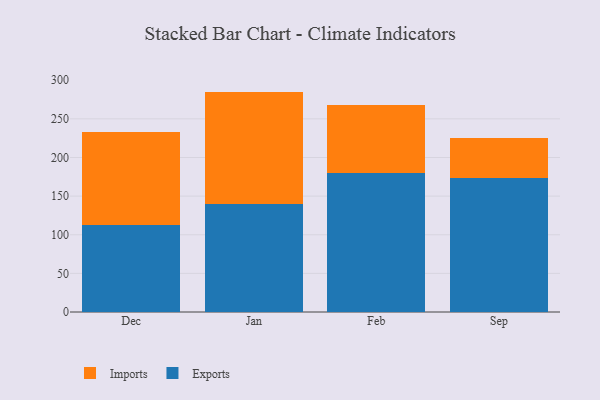
{"axis": {"x": "Month", "y": "Operating Costs (USD K)"}, "legend": ["Exports", "Imports"], "data": [{"x": "Dec", "y": 112.5, "type": "Exports"}, {"x": "Dec", "y": 120.8, "type": "Imports"}, {"x": "Jan", "y": 140.3, "type": "Exports"}, {"x": "Jan", "y": 145.0, "type": "Imports"}, {"x": "Feb", "y": 179.4, "type": "Exports"}, {"x": "Feb", "y": 88.3, "type": "Imports"}, {"x": "Sep", "y": 173.9, "type": "Exports"}, {"x": "Sep", "y": 51.6, "type": "Imports"}]}